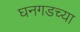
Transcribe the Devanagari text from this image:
घनगडच्या